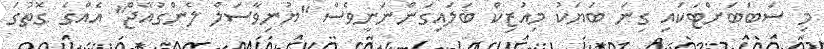
މި ސަބަބަށްޓަކައި ގިނަ ބަޔަކު މިއުޒިކް ބަލައިގަންނަނީވެސް "ޔުނިވާސަލް ލެންގުއޭޖް" އެއްގެ ގޮތުގަ